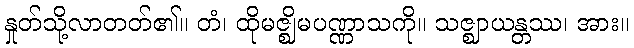
နှုတ်သို့လာတတ်၏။ တံ၊ ထိုမဇ္ဈိမပဏ္ဏာသကို။ သဇ္ဈာယန္တဿ၊ အား။